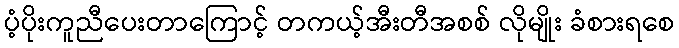
ပံ့ပိုးကူညီပေးတာကြောင့် တကယ့်အီးတီအစစ် လိုမျိုး ခံစားရစေ